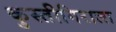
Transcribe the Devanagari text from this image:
कुस्तीगिराला